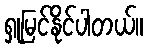
ရှုမြင်နိုင်ပါတယ်။